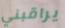
يراقبني